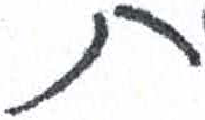
אות: ת